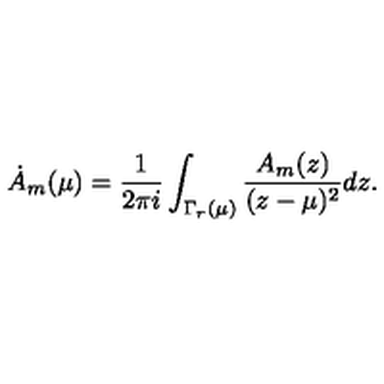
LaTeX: \dot { A } _ { m } ( \mu ) = { \frac { 1 } { 2 \pi i } } \int _ { \Gamma _ { r } ( \mu ) } { \frac { A _ { m } ( z ) } { ( z - \mu ) ^ { 2 } } } d z .